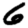
Digit: 6